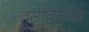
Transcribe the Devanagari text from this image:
त्सेलिनोग्रद